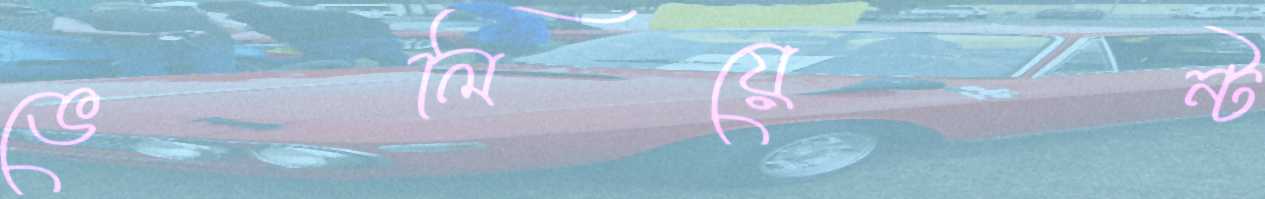
ভেলিয়েন্ট